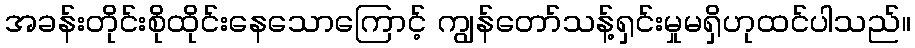
အခန်းတိုင်းစိုထိုင်းနေသောကြောင့် ကျွန်တော်သန့်ရှင်းမှုမရှိဟုထင်ပါသည်။